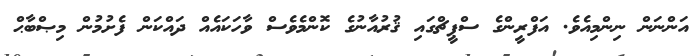
އަންނަން ނިންމިއެވެ. އަފްރީންގެ ސްޕީޗްގައި ޤުރުއާނުގެ ކޮންމެވެސް ވާހަކައެއް ދައްކަން ފެށުމުން މިޞްބާޙް